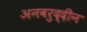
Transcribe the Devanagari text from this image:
अनवरुद्दीन